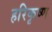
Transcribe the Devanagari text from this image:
हरिकृष्‍ण